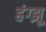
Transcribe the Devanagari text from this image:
हंग्झू